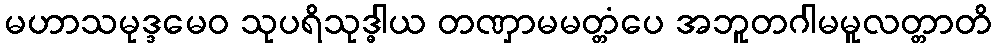
မဟာသမုဒ္ဒမေဝ သုပရိသုဒ္ဓါယ တဏှာမမတ္တံပေ အဘူတဂါမမူလတ္တာတိ